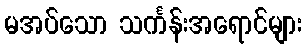
မအပ်သော သင်္ကန်းအရောင်များ